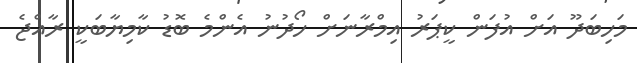
މަހިބަދޫ އަށް އުފަން ކީޕަރު އިމްރާނަށް ހޯދުނު އެންމެ ބޮޑު ކާމިޔާބަކީ ރާއްޖެ